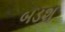
બડશ